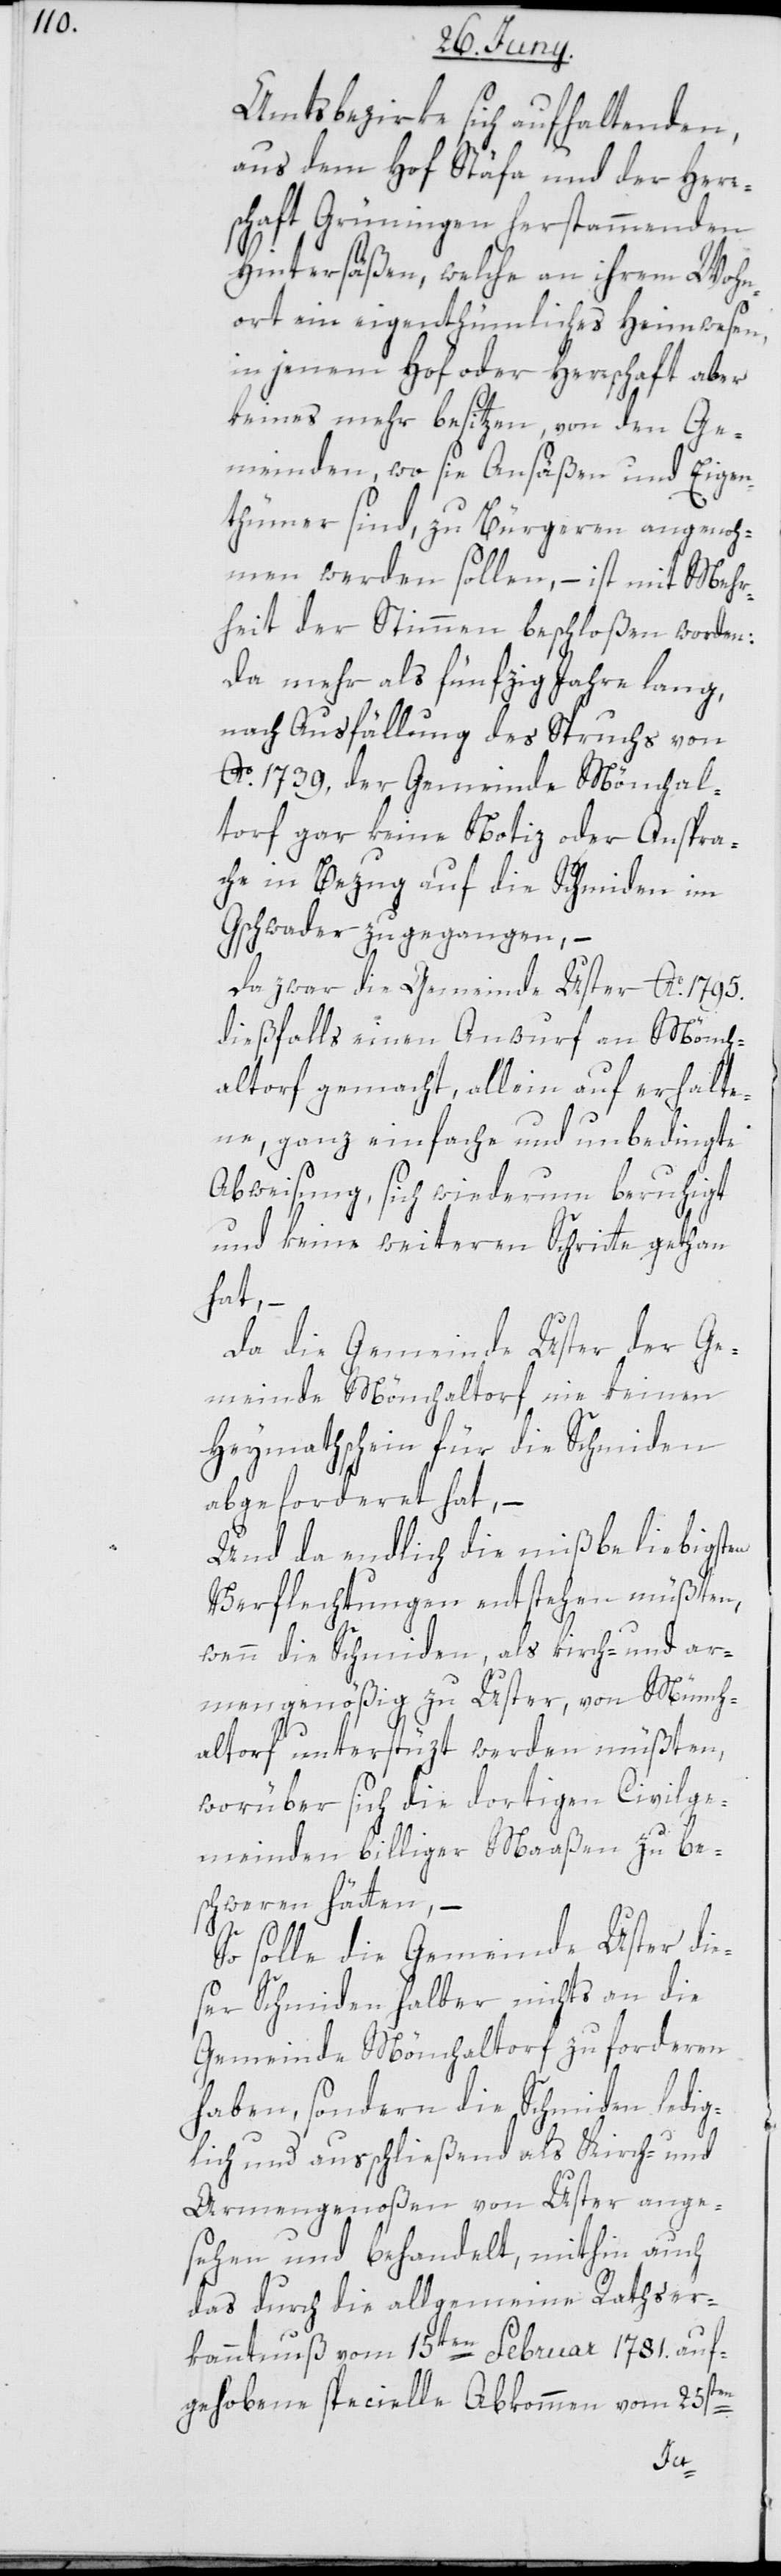
Amtsbezirke sich aufhaltenden,
aus dem Hof Stäfa und der Herr¬
schaft Grüningen herstammenden
Hintersäßen, welche an ihrem Wohn¬
ort ein eigenthümliches Heimwesen,
in jenem Hof oder Herrschaft aber
keines mehr besitzen, von den Ge¬
meinden, wo sie Ansäßen und Eigen¬
thümmer sind, zu Bürgeren angenoh¬
men werden sollen, – ist mit Mehr¬
heit der Stimmen beschloßen worden:
Da mehr als fünfzig Jahre lang,
nach Ausfällung des Spruchs von
Ao. 1739, der Gemeinde Mönchal¬
torf gar keine Notiz oder Anspra¬
che in Bezug auf die Schmiden im
Gschwader zugegangen, –
Da zwar die Gemeinde Uster Ao. 1795.
dießfalls einen Anwurf an Mönch¬
altorf gemacht, allein auf erhalte¬
ne ganz einfache und unbedingte
Abweisung, sich wiederum beruhigt
und keine weiteren Schritte gethan
hat, –
Da die Gemeinde Uster der Ge¬
meinde Mönchaltorf nie keinen
Heymathschein für die Schmiden
abgeforderet hat, –
Und da endlich die mißbeliebigsten
Verflechtungen entstehen müßten,
wenn die Schmiden, als kirch- und ar¬
mengenößig zu Uster, von Münch¬
altorf unterstützt werden müßten,
worüber sich die dortigen Civilge¬
meinden billiger Maaßen zu be¬
schweren hätten. –
So solle die Gemeinde Uster die¬
ser Schmiden halber nichts an die
Gemeinde Mönchaltorf zu forderen
haben, sondern die Schmiden ledig¬
lich und ausschließend als Kirch- und
Armengenoßen von Uster ange¬
sehen und behandelt, mithin auch
das durch die allgemeine Rathser¬
kanntnuß vom 15ten Februar 1781. auf¬
gehobene specielle Abkommen vom 25sten